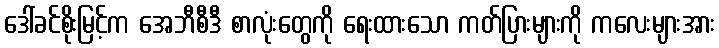
ဒေါ်ခင်စိုးမြင့်က အေဘီစီဒီ စာလုံးတွေကို ရေးထားသော ကတ်ပြားများကို ကလေးများအား